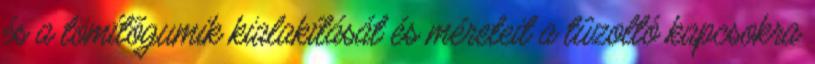
és a tömítõgumik kialakítását és méreteit a tûzoltó kapcsokra